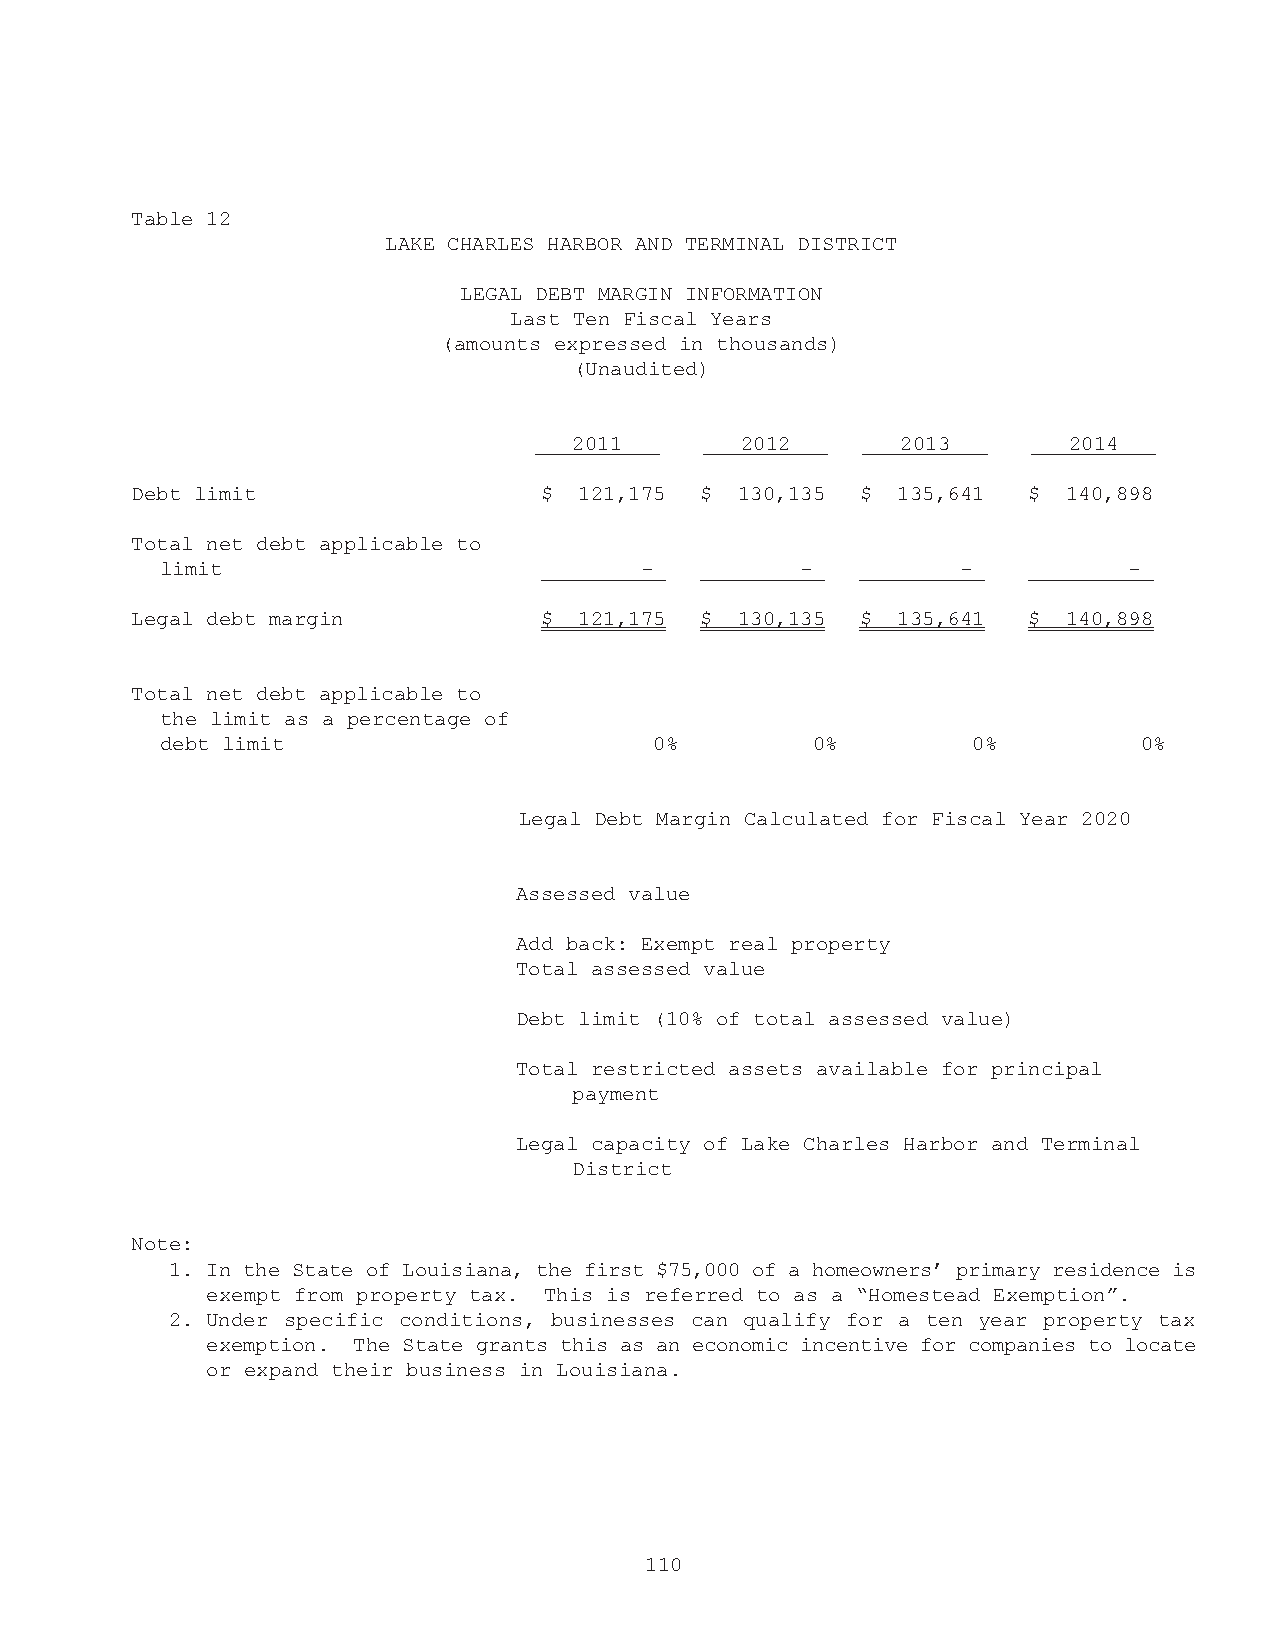
Table 12
 LAKE CHARLES HARBOR AND TERMINAL DISTRICT
 LEGAL DEBT MARGIN INFORMATION
 Last Ten Fiscal Years
 (amounts expressed in thousands)
 (Unaudited)
 2011       2012       2013       2014
 Debt limit                 $ 121,175 $  130,135 $ 135,641  $  140,898
 Total net debt applicable to
 limit                          -          -          -          -
 Legal debt margin          $ 121,175 $  130,135 $ 135,641  $  140,898
 Total net debt applicable to
 the limit as a percentage of
 debt limit                      0%         0%        0%          0%
 Legal Debt Margin Calculated for Fiscal Year 2020
 Assessed value
 Add back: Exempt real property
 Total assessed value
 Debt limit (10% of total assessed value)
 Total restricted assets available for principal
 payment
 Legal capacity of Lake Charles Harbor and Terminal
 District
 Note:
 1. In the State of Louisiana, the first $75,000 of a homeowners’ primary residence is
 exempt from property tax. This is referred to as a “Homestead Exemption”.
 2. Under specific conditions, businesses can qualify for a ten year property tax
 exemption. The State grants this as an economic incentive for companies to locate
 or expand their business in Louisiana.
 110